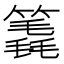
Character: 𥳈